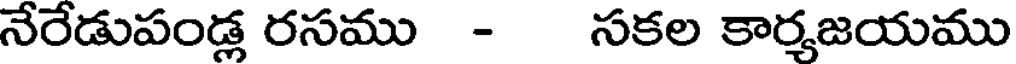
నేరేడుపండ్ల రసము - సకల కార్మజయము